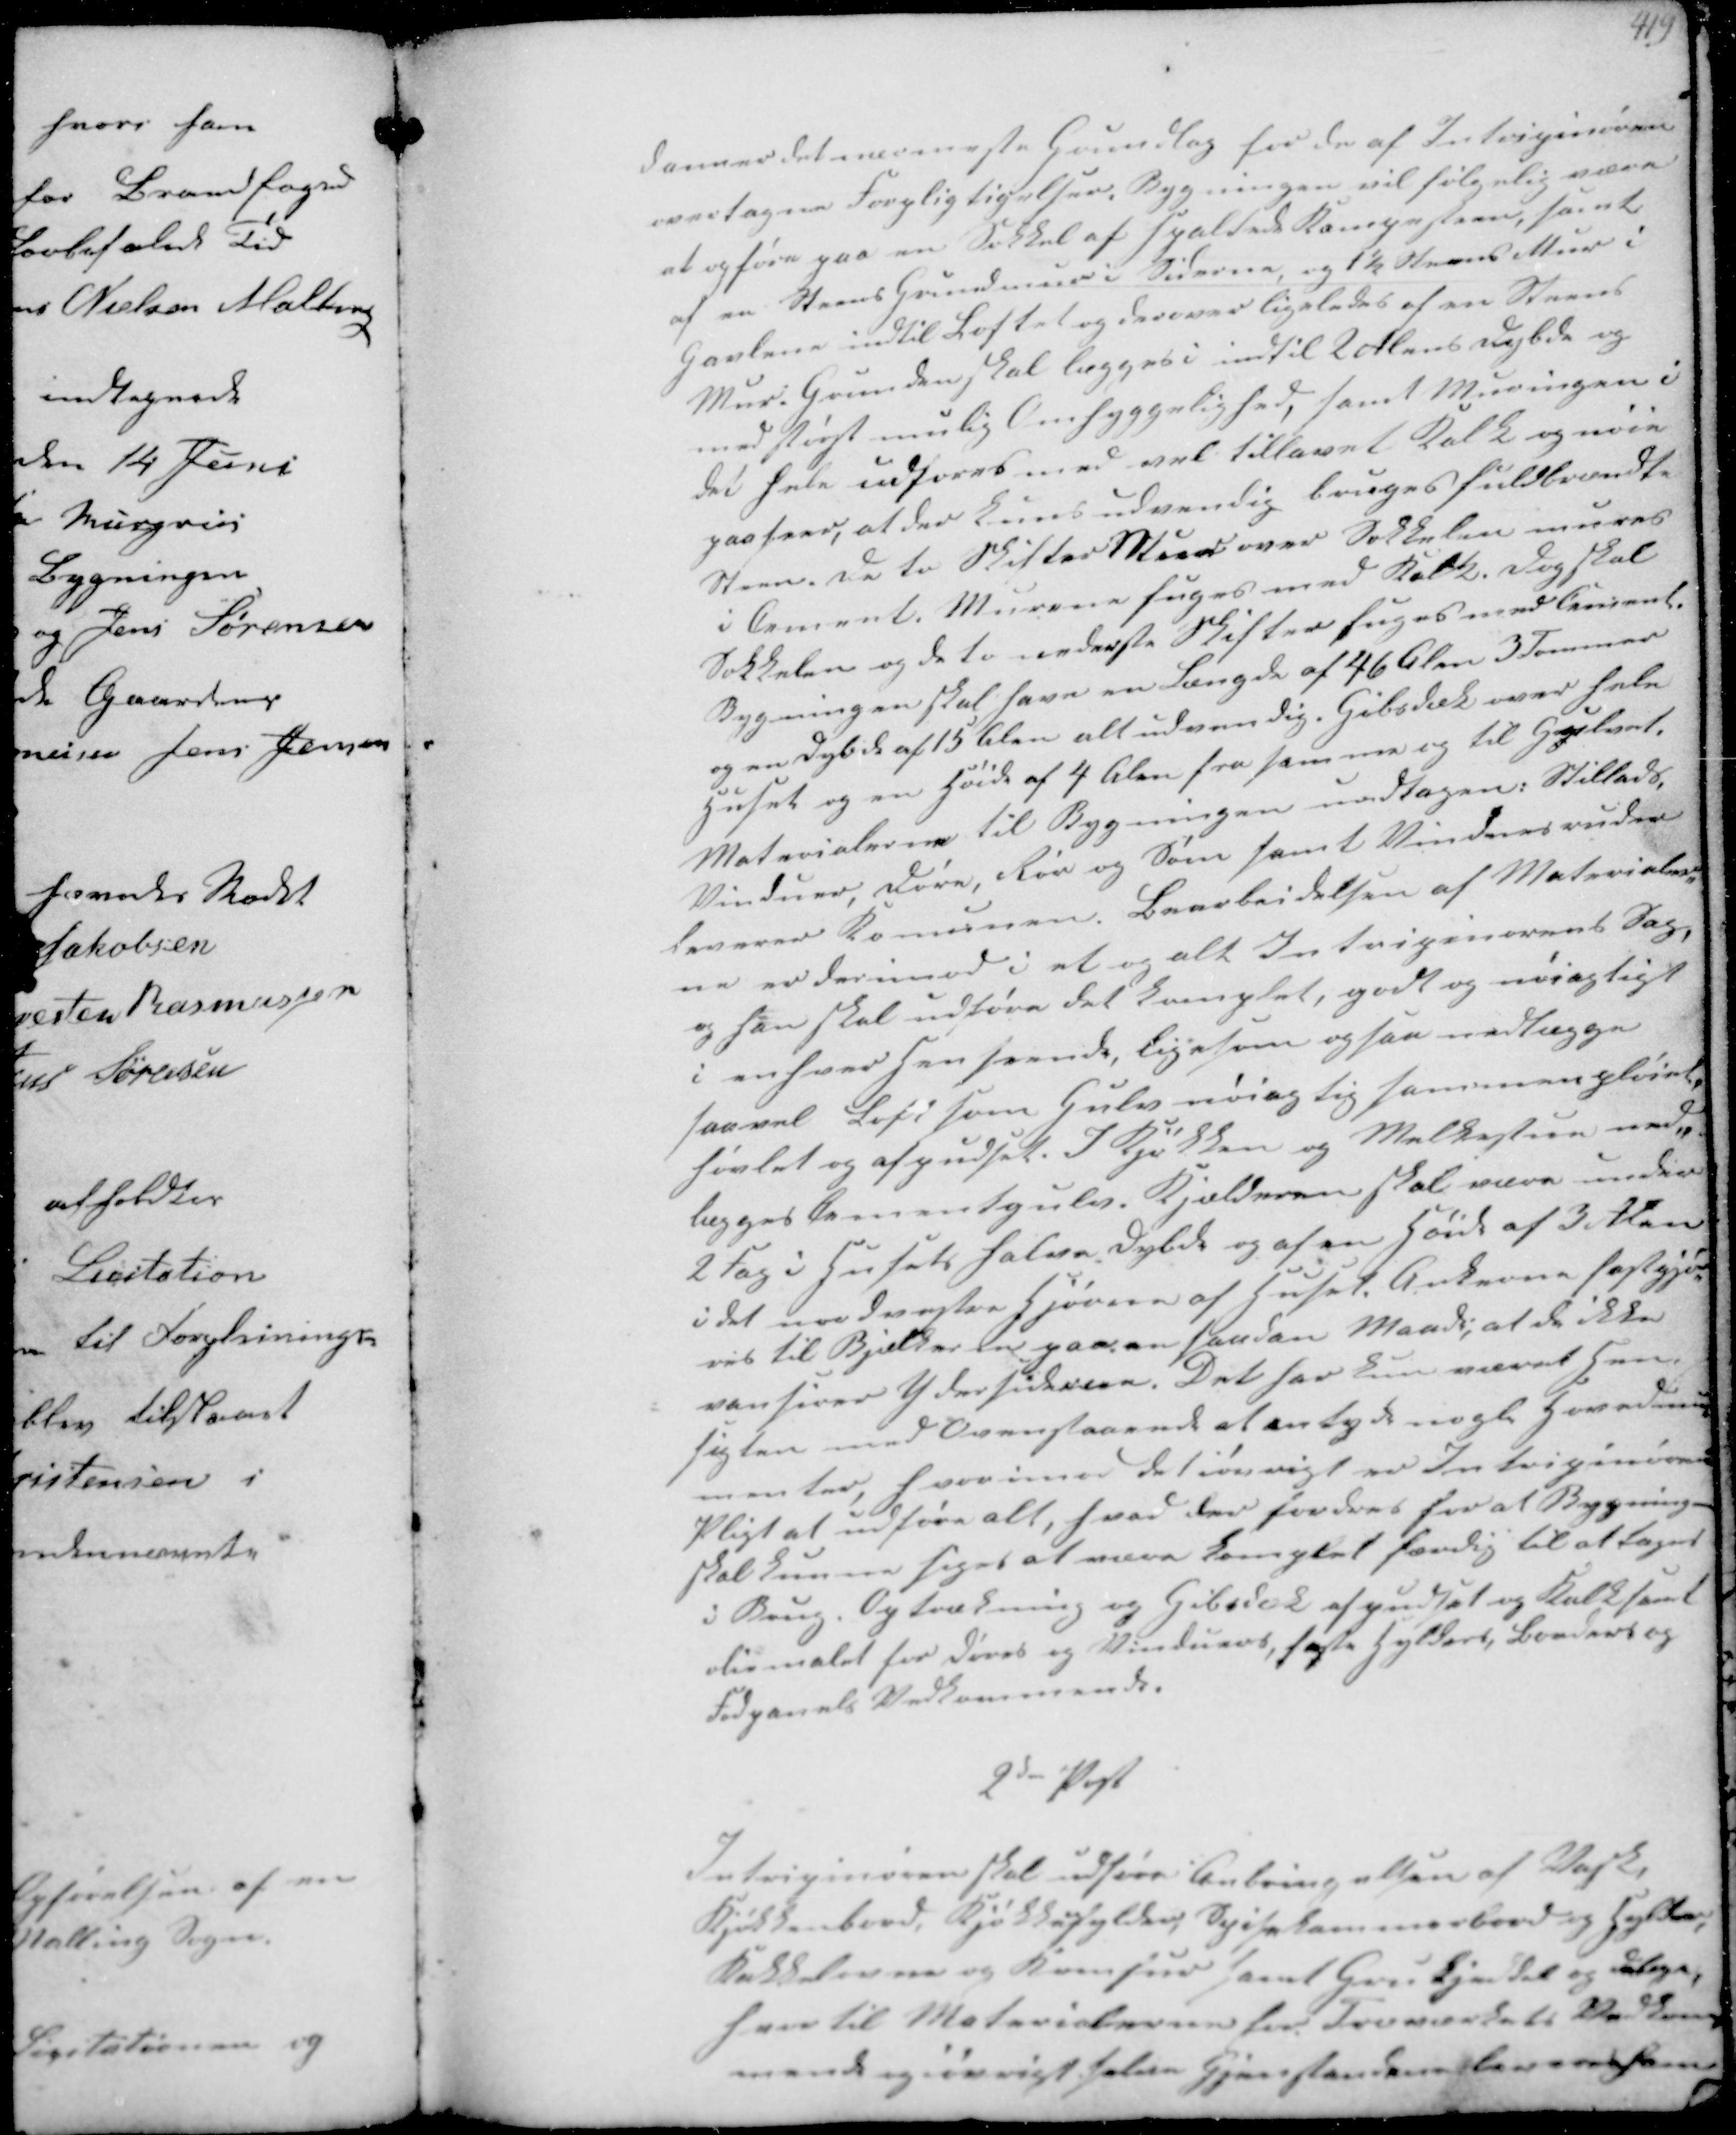
Transskription:
danner det  Grundlag for de af Intripinøren
overtagne Forpligtigelser, Bygningen vil følgelig være
at opføre paa en Sokkel af spaltede Kampesteen, samt
at en Steens Grundmur i Siderne, og 1½ Stens Mur i
Gavlene indtil Loftet og derover ligeledes af en Steens
Mur; Grunden skal lægges i indtil Soklens Dybde og
med størst mulig Omhyggelighed, samt Muringen i
det hele undføres med vel tillavet Kalk og nøie
paaseer, at der kuns udvendig bruges fuldbrændte
Steen, de to Skifter Mur over Sokkelen mures
i Cement Murene fuges med  Dagskal
Sokkelen og de to underste Skifter fuges med Cement
Bygningen skal have en Længde af 46 Alen 3 Tommer
og en dybde af 15 Alen alt udvendig Gibsdæk over hele
Huset og en Høide af 4 Alen fra samme og til Gibset
Materialerne til Bygningen undtagen  Stillads
Vinduer, Døre, Rør og Søm samt Vinduesruder
leverer Comunen, Bearbeidelsen af Materialer-
ne er derimod i et og alt Intriprinørens Sag
og han skal udføre det komplet, godt og nøiagtigt
i enhver henseende, ligesom ogsaa nedtægge
saavel Loft som Gulv nøiagtig sammenpløiet
høvlet og afpudset. I Kjøkken og Malkestuen ned-
lægges Cementgulve Kjælderen skal være under
2 Fag i Husets halve Dybde og af en Høide af 3 Alen
i det underste Hjørne af Huset Anterne fastgjø-
res til Bjælkerne paa en saadan Maade, at de ikke
vanfører Ydersiderne. Det har kun været hen-
sigten med Ovenstaaende at antyde nogle Hovedele-
menter, hvorimod det øvrigt er Intriginørens
Pligt at udføre alt, hvad der fordres for at Bygning
skal kunne siges at være Komplet færdig til at tage
i Brug, Optrækning og Gibsdæk af  og  samt
oliemalet for Døre og Vinduer, faste Hylder Banders og
Fodpanels Vedkommende.

2den Post
Intriginøren skal udføre Anbringelsen af Vask
Kjøkkenbord, Kjøkkenhylder, Spisekammerbord og Hylder,
Kakkelovne og Komfur samt Gruekjedel og deslige,
hvortil Materialerne har  Vedkom-
mende og øvrigt selve Gjenstandene